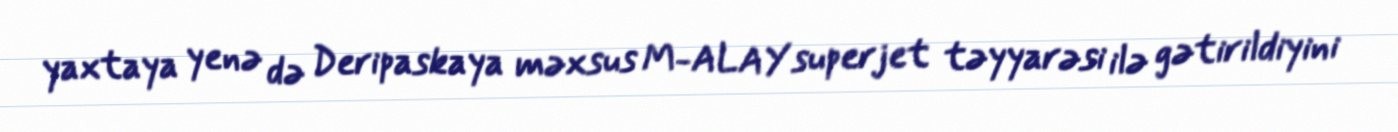
yaxtaya yenə də Deripaskaya məxsus M-ALAY superjet təyyarəsi ilə gətirildiyini